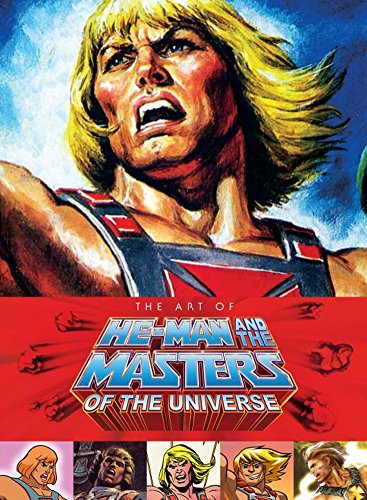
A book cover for Art of He Man and the Masters of the Universe; Various; Comics & Graphic Novels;